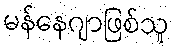
မန်နေဂျာဖြစ်သူ